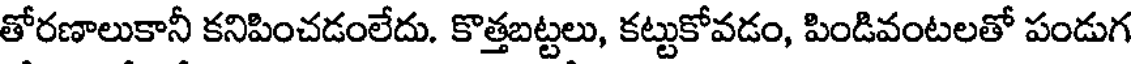
తోరణాలుకానీ కనిపించడంలేదు. కొత్తబట్టలు, కట్టుకోవడం, పిండివంటలతో పండుగ